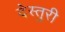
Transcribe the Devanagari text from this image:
देस्तुरी